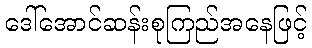
ဒေါ်အောင်ဆန်းစုကြည်အနေဖြင့်